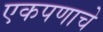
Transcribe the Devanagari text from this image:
एकपणाचे